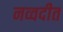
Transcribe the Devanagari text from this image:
नव्वदीत